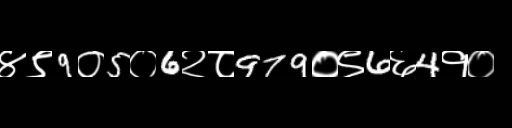
Text: ४९9०5०6२८979०९6६4१०